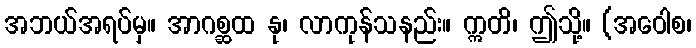
အဘယ်အရပ်မှ။ အာဂစ္ဆထ နု၊ လာကုန်သနည်း။ ဣတိ၊ ဤသို့။ (အဝေါစ၊